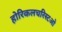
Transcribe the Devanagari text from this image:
होरिकलचरिस्टओ